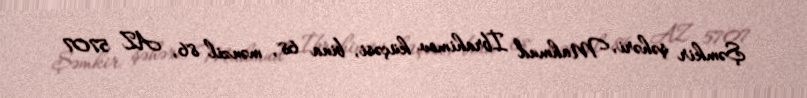
Şəmkir şəhəri, Mahmud İbrahimov küçəsi, bina 68, mənzil 86, AZ 5707